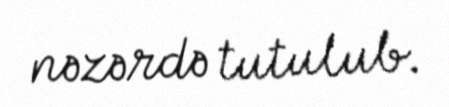
nəzərdə tutulub.